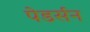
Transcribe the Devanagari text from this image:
पेडर्सन